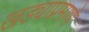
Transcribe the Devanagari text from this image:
खड्याप्रमाणे